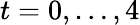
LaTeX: t=0,\ldots,4